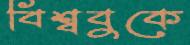
বিশ্ববুকে